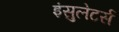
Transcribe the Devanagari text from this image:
इंसुलेटर्स